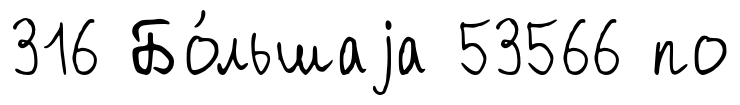
316 Бо́льшаjа 53566 по